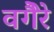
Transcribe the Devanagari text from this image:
वगैेरे